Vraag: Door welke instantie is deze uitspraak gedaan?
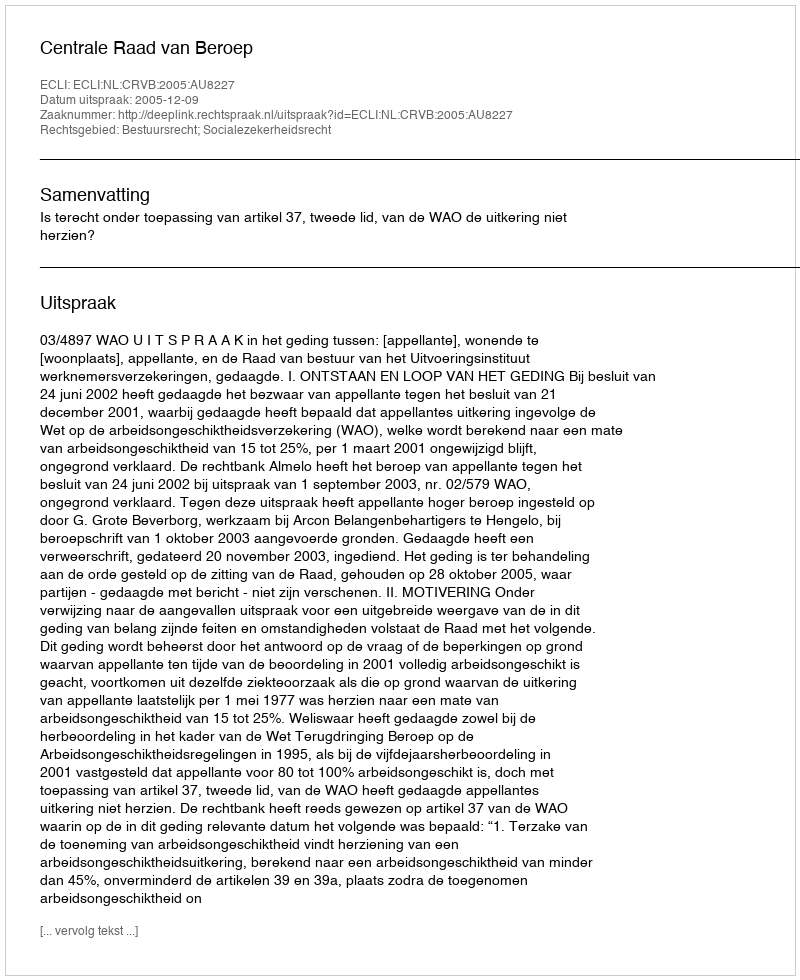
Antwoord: Centrale Raad van Beroep